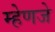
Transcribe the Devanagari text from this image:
म्हेणजे